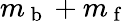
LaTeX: m_{\mathrm{~b~}}+m_{\mathrm{~f~}}